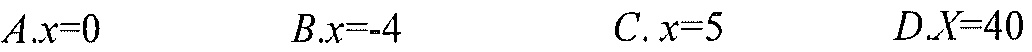
\(A.x = 0\) \(\ B.x=-4\) \(\ C.x = 5\) \(\ D.X = 40\)